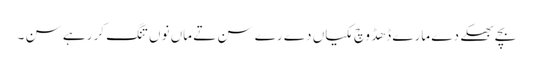
بچے بھکے دے مارے ڈھڈ وچ مکیاں دے رے سن تے ماں نوں تنگ کر رہے سن ۔